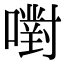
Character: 嚉